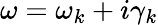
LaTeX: \omega=\omega_{k}+i\gamma_{k}